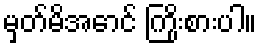
မှတ်မိအောင် ကြိုးစားပါ။